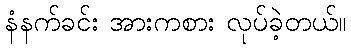
နံနက်ခင်း အားကစား လုပ်ခဲ့တယ်။